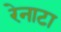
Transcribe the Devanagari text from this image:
रेनाटा